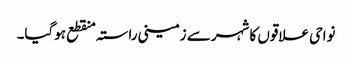
نواحی علاقوں کا شہر سے زمینی راستہ منقطع ہوگیا۔